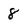
Character: 8